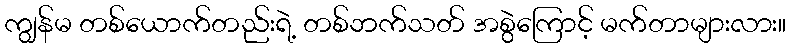
ကျွန်မ တစ်ယောက်တည်းရဲ့ တစ်ဘက်သတ် အစွဲကြောင့် မက်တာများလား။